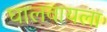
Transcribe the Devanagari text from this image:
घालवायला